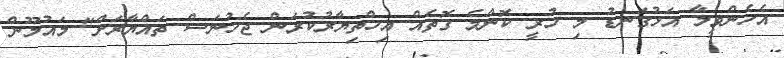
އެހެންވީމާ އަޅުގަނޑު މި ހުރީ ކޮންމެ ގޮތެއް އިހްތިޔާރުކުރަން ޖެހުނަސް ތައްޔާރަށް" މައުމޫން